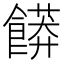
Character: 𲋟